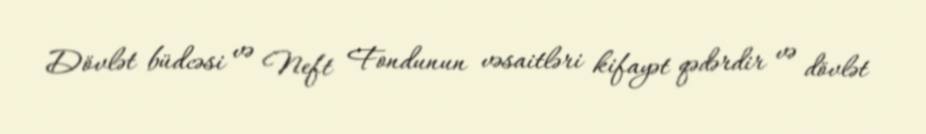
Dövlət büdcəsi və Neft Fondunun vəsaitləri kifayət qədərdir və dövlət